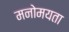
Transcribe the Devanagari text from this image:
मनोमयता